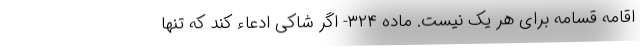
اقامه قسامه برای هر یک نیست. ماده ۳۲۴- اگر شاکی ادعاء کند که تنها